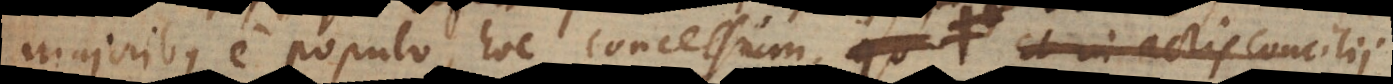
majoribus e populo, hoc concessum. Et hinc credibile